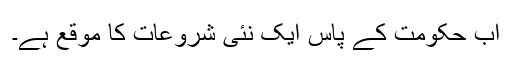
اب حکومت کے پاس ایک نئی شروعات کا موقع ہے۔